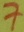
Text: 7